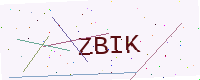
Text: ZBIK